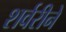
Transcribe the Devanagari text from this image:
शर्वरीने